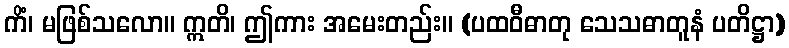
ကိံ၊ မဖြစ်သလော။ ဣတိ၊ ဤကား အမေးတည်း။ (ပထဝီဓာတု သေသဓာတူနံ ပတိဋ္ဌာ)